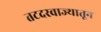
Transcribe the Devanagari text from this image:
तटदरवाज्यातून